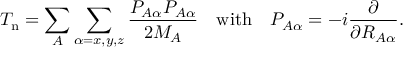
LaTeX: T _ { \mathrm { n } } = \sum _ { A } \sum _ { \alpha = x , y , z } { \frac { P _ { A \alpha } P _ { A \alpha } } { 2 M _ { A } } } \quad { \mathrm { w i t h } } \quad P _ { A \alpha } = - i { \frac { \partial } { \partial R _ { A \alpha } } } .